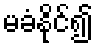
မခံနိုင်၍